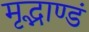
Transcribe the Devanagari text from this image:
मृद्भाण्डं